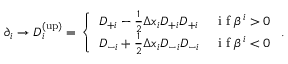
\begin{array} { r } { \partial _ { i } \rightarrow D _ { i } ^ { \mathrm { ( u p ) } } = \left\{ \begin{array} { l l } { D _ { + i } - \frac { 1 } { 2 } \Delta x _ { i } D _ { + i } D _ { + i } } & { \mathrm { ~ i ~ f ~ } \beta ^ { i } > 0 } \\ { D _ { - i } + \frac { 1 } { 2 } \Delta x _ { i } D _ { - i } D _ { - i } } & { \mathrm { ~ i ~ f ~ } \beta ^ { i } < 0 } \end{array} \right. . } \end{array}